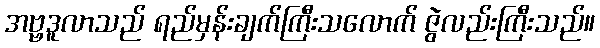
အဗ္ဗဒူလာသည် ရည်မှန်းချက်ကြီးသလောက် ဇွဲလည်းကြီးသည်။